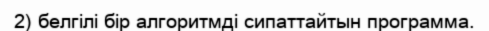
2) белгілі бір алгоритмді сипаттайтын программа.